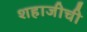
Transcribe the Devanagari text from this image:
शहाजीची